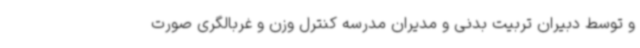
و توسط دبیران تربیت بدنی و مدیران مدرسه کنترل وزن و غربالگری صورت